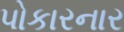
પોકારનાર